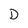
Character: D